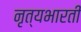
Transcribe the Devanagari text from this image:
नृत्यभारती